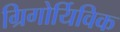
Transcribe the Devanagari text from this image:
ग्रिगोर्यिविक